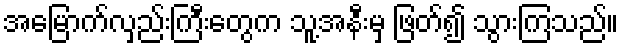
အမြောက်လှည်းကြီးတွေက သူ့အနီးမှ ဖြတ်၍ သွားကြသည်။